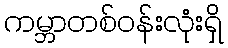
ကမ္ဘာတစ်ဝန်းလုံးရှိ